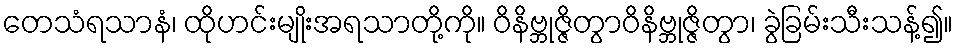
တေသံရသာနံ၊ ထိုဟင်းမျိုးအရသာတို့ကို။ ဝိနိဗ္ဘုဇ္ဇိတွာဝိနိဗ္ဘုဇ္ဇိတွာ၊ ခွဲခြမ်းသီးသန့်၍။